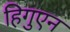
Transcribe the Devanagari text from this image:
हिगुएन